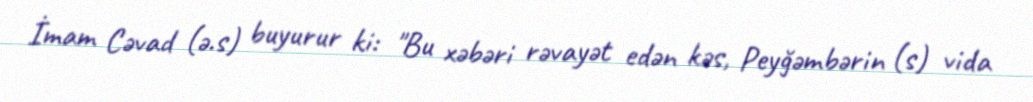
İmam Cəvad (ə.s) buyurur ki: "Bu xəbəri rəvayət edən kəs, Peyğəmbərin (s) vida